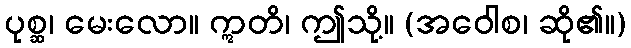
ပုစ္ဆ၊ မေးလော။ ဣတိ၊ ဤသို့။ (အဝေါစ၊ ဆို၏။)